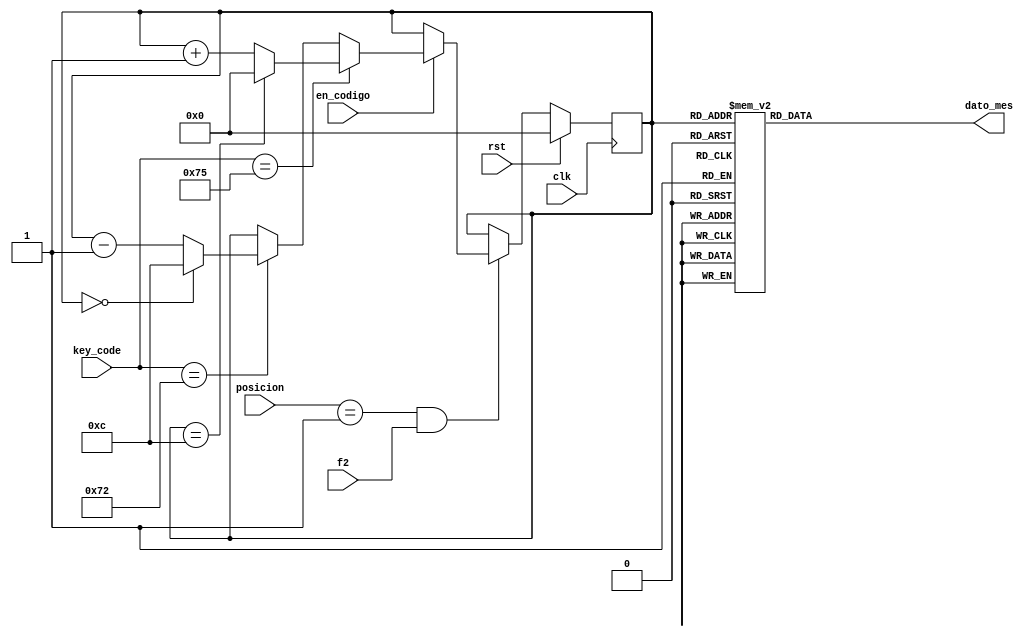
module cont_mes(
	input clk, rst,
	input [P-1:0]posicion,
	input en_codigo, f2,
	input[N-1:0] key_code,
	output reg[N-1:0] dato_mes
    );

reg [3:0] mes;
parameter N=8;
parameter P=2;
parameter maximo =4'd12;

 always @ (posedge clk)
	 begin
      if (rst)
         mes <= 0;
		else if (posicion==2'd1 && f2==1'b1)
		begin
		 if(en_codigo)
		 begin
			if (key_code==8'h75) //tecla 8 (subir)
			begin
				if (mes == maximo)
					mes <= 0;
				else 
					mes <= mes + 1'd1;
		   end
			else if (key_code==8'h72) //tecla 2 (bajar)
			begin
				if (mes == 0)
					mes <= maximo;
				else 
					mes <= mes - 1'd1;
			end
			else 
				mes <= mes;
		end 
		else 
			mes <= mes;
		end
		else 
			mes <= mes;
	end
	
	always @(mes)	 
	   case (mes)
          0 : dato_mes <=8'h00;
 			1 : dato_mes <=8'h01;
			2 : dato_mes <=8'h02;
			3 : dato_mes <=8'h03;
			4 : dato_mes <=8'h04;
			5 : dato_mes <=8'h05;
			6 : dato_mes <=8'h06;
			7 : dato_mes <=8'h07;
			8 : dato_mes <=8'h08;
			9 : dato_mes <=8'h09;
			10 : dato_mes <=8'h10;
			11 : dato_mes <=8'h11;
			12 : dato_mes <=8'h12;
			default: dato_mes <=8'h00;
		endcase
		
endmodule